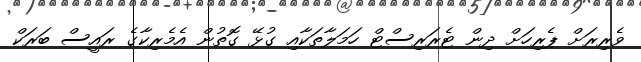
ވެރިރަށް ޕެރިހަށް ދިން ޓެރަރިސްޓް ހަމަލާތަކާއި ގުޅޭ ގޮތުން އެމެރިކާގެ ރައީސް ބަރަކް